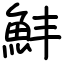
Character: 䰷